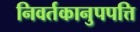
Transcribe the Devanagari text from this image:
निवर्तकानुपपत्ति